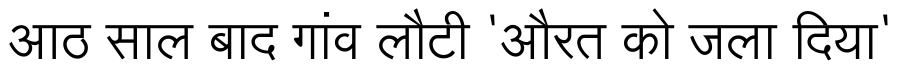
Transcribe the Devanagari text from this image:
आठ साल बाद गांव लौटी 'औरत को जला दिया'